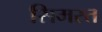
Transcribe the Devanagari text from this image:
सिमरत